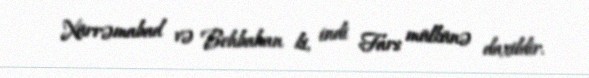
Xürrəmabad və Behbahan ki, indi Fars mülkünə daxildir.